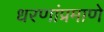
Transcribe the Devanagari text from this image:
धरणांप्रमाणे